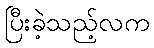
ပြီးခဲ့သည့်လက